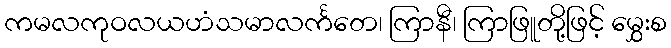
ကမလကုဝလယဟံသမာလင်္ကတေ၊ ကြာနီ၊ ကြာဖြူတို့ဖြင့် မွှေးစ